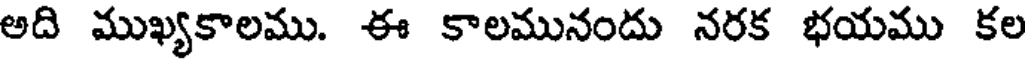
అది ముఖ్యకాలము. ఈ కాలమునందు నరక భయము కల